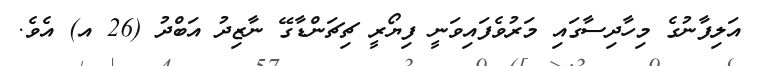
އަލިފާނުގެ މިހާދިސާގައި މަރުވެފައިވަނީ ފިޔޯރީ ޗިޗަންޑާގޭ ނާޒިދު އަބްދު (26 އ) އެވެ.